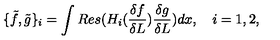
\{ \tilde { f } , \tilde { g } \} _ { i } = \int R e s ( H _ { i } ( \frac { \delta f } { \delta L } ) \frac { \delta g } { \delta L } ) d x , \quad i = 1 , 2 ,